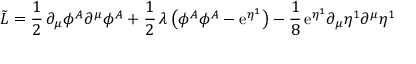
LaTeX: \tilde { \cal L } = \frac { 1 } { 2 } \, \partial _ { \mu } \phi ^ { A } \partial ^ { \mu } \phi ^ { A } + \frac { 1 } { 2 } \, \lambda \, \bigl ( \phi ^ { A } \phi ^ { A } - \mathrm { e } ^ { \eta ^ { 1 } } \bigr ) - \frac { 1 } { 8 } \, \mathrm { e } ^ { \eta ^ { 1 } } \partial _ { \mu } \eta ^ { 1 } \partial ^ { \mu } \eta ^ { 1 }